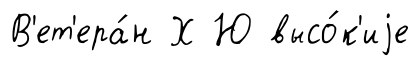
В'ет'ера́н Х Ю высо́к'иjе